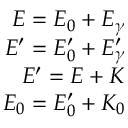
\begin{array} { r } { E = E _ { 0 } + E _ { \gamma } } \\ { E ^ { \prime } = E _ { 0 } ^ { \prime } + E _ { \gamma } ^ { \prime } } \\ { E ^ { \prime } = E + K } \\ { E _ { 0 } = E _ { 0 } ^ { \prime } + K _ { 0 } } \end{array}